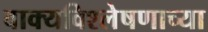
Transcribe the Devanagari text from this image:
वाक्यविश्लेषणाच्या